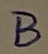
Text: B